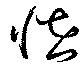
恠